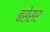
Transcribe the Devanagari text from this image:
बसेसर